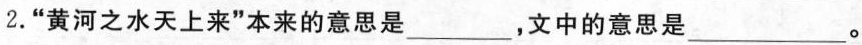
2.“黄河之水天上来”本来的意思是___，文中的意思是___。